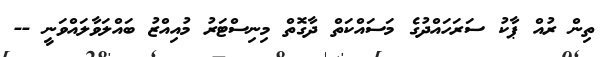
ތިން ރުއް ޕާކު ސަރަހައްދުގެ މަސައްކަތް ދާގޮތް މިނިސްޓަރު މުއިއްޒު ބައްލަވާލައްވަނީ --